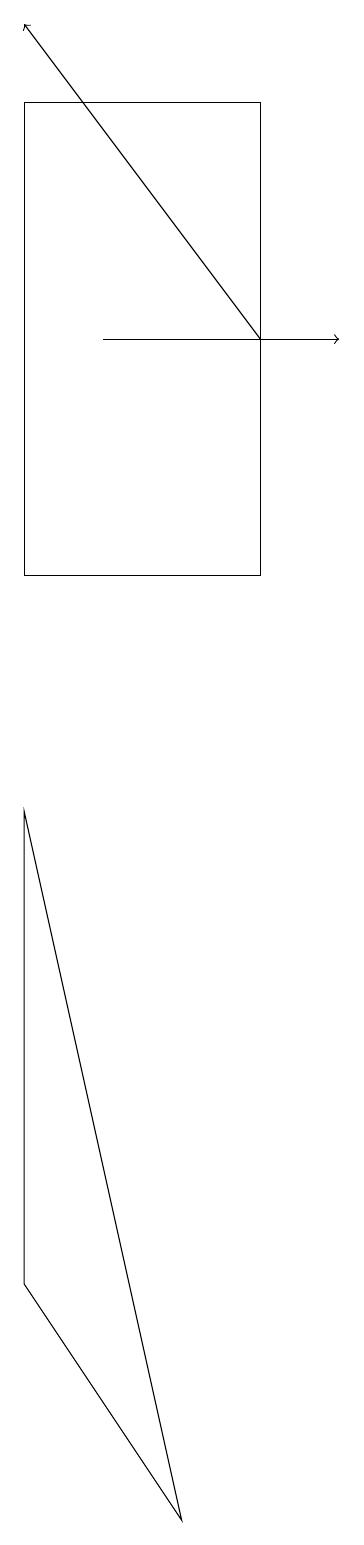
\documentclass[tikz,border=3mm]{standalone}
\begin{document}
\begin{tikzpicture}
\draw[->] (5,15) -- (8,15);
\draw (4,3) -- (6,0) -- (4,9) -- cycle;
\draw (7,18) rectangle (4,12);
\draw[->] (7,15) -- (4,19);
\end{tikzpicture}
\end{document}